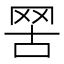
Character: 𦊟